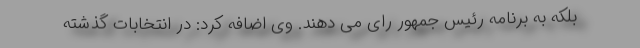
بلکه به برنامه رئیس جمهور رای می دهند. وی اضافه کرد: در انتخابات گذشته